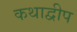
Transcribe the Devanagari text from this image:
कथाद्वीप